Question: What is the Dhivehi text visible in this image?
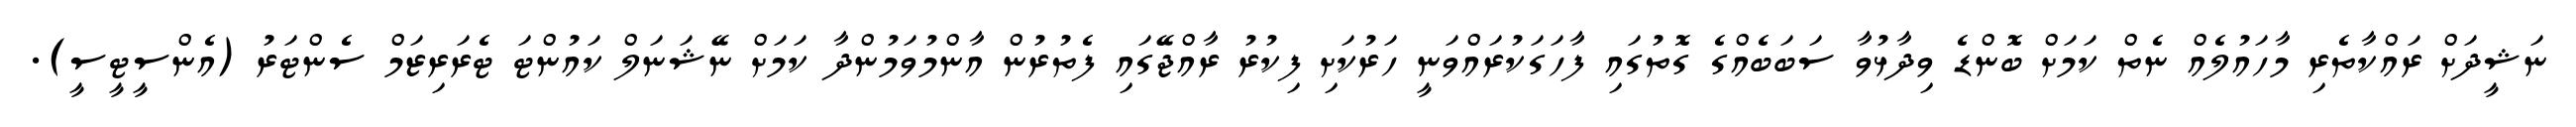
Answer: ނަޝީދަށް ރައްކާތެރި މާހައުލެއް ނެތް ކަމަށް ބޮންޑެ ވިދާޅުވާ ސަބަބެއްގެ ގޮތުގައި ފާހަގަކުރައްވަނީ ހަރުކަށި ފިކުރު ރާއްޖޭގައި ފެތުރުން އާންމުވަމުންދާ ކަމަށް ނޭޝަނަލް ކައުންޓަ ޓެރަރިޒަމް ސެންޓަރު (އެންސީޓީސީ).